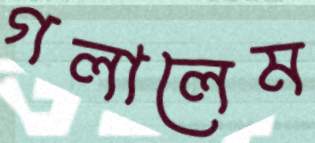
গলালেম